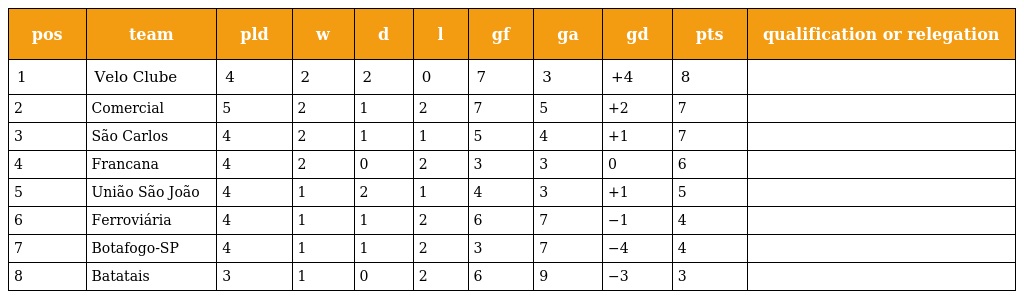
| pos | team | pld | w | d | l | gf | ga | gd | pts | qualification or relegation |
 | --- | --- | --- | --- | --- | --- | --- | --- | --- | --- | --- |
 | 1 | Velo Clube | 4 | 2 | 2 | 0 | 7 | 3 | +4 | 8 |  |
 | 2 | Comercial | 5 | 2 | 1 | 2 | 7 | 5 | +2 | 7 |  |
 | 3 | São Carlos | 4 | 2 | 1 | 1 | 5 | 4 | +1 | 7 |  |
 | 4 | Francana | 4 | 2 | 0 | 2 | 3 | 3 | 0 | 6 |  |
 | 5 | União São João | 4 | 1 | 2 | 1 | 4 | 3 | +1 | 5 |  |
 | 6 | Ferroviária | 4 | 1 | 1 | 2 | 6 | 7 | −1 | 4 |  |
 | 7 | Botafogo-SP | 4 | 1 | 1 | 2 | 3 | 7 | −4 | 4 |  |
 | 8 | Batatais | 3 | 1 | 0 | 2 | 6 | 9 | −3 | 3 |  |